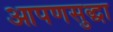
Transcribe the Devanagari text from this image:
आपणसुद्धा